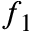
f _ { 1 }